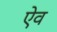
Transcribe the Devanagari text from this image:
ऐव